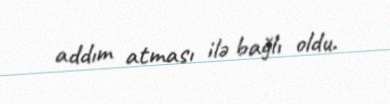
addım atması ilə bağlı oldu.